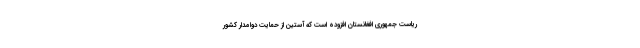
ریاست جمهوری افغانستان افزوده است که آستین از حمایت دوامدار کشور